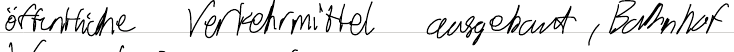
öffentliche Verkehrsmittel ausgebaut, Bahnhof